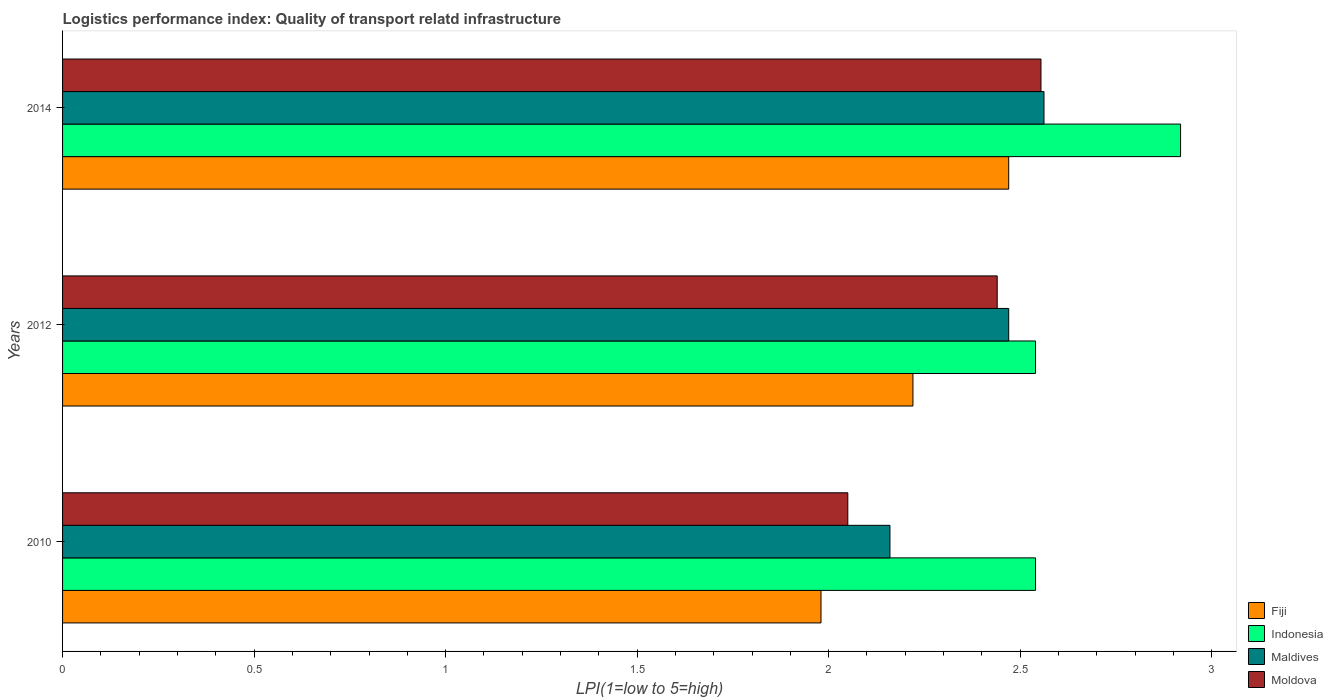
| Years | Fiji | Indonesia | Maldives | Moldova |
 | --- | --- | --- | --- | --- |
 | 2010 | 1.98 | 2.54 | 2.16 | 2.05 |
 | 2012 | 2.22 | 2.54 | 2.47 | 2.44 |
 | 2014 | 2.47 | 2.92 | 2.56 | 2.55 |